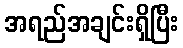
အရည်အချင်းရှိပြီး